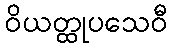
ဝိယတ္ထုပသေဝီ